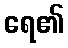
ရေ၏